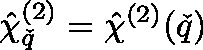
\hat { \mathbf { \chi } } _ { \v q } ^ { ( 2 ) } = \hat { \chi } ^ { ( 2 ) } ( \v q )